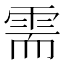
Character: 需